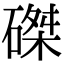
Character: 磔